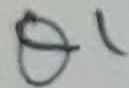
Text: Q1